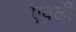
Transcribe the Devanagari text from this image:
एवर्ली